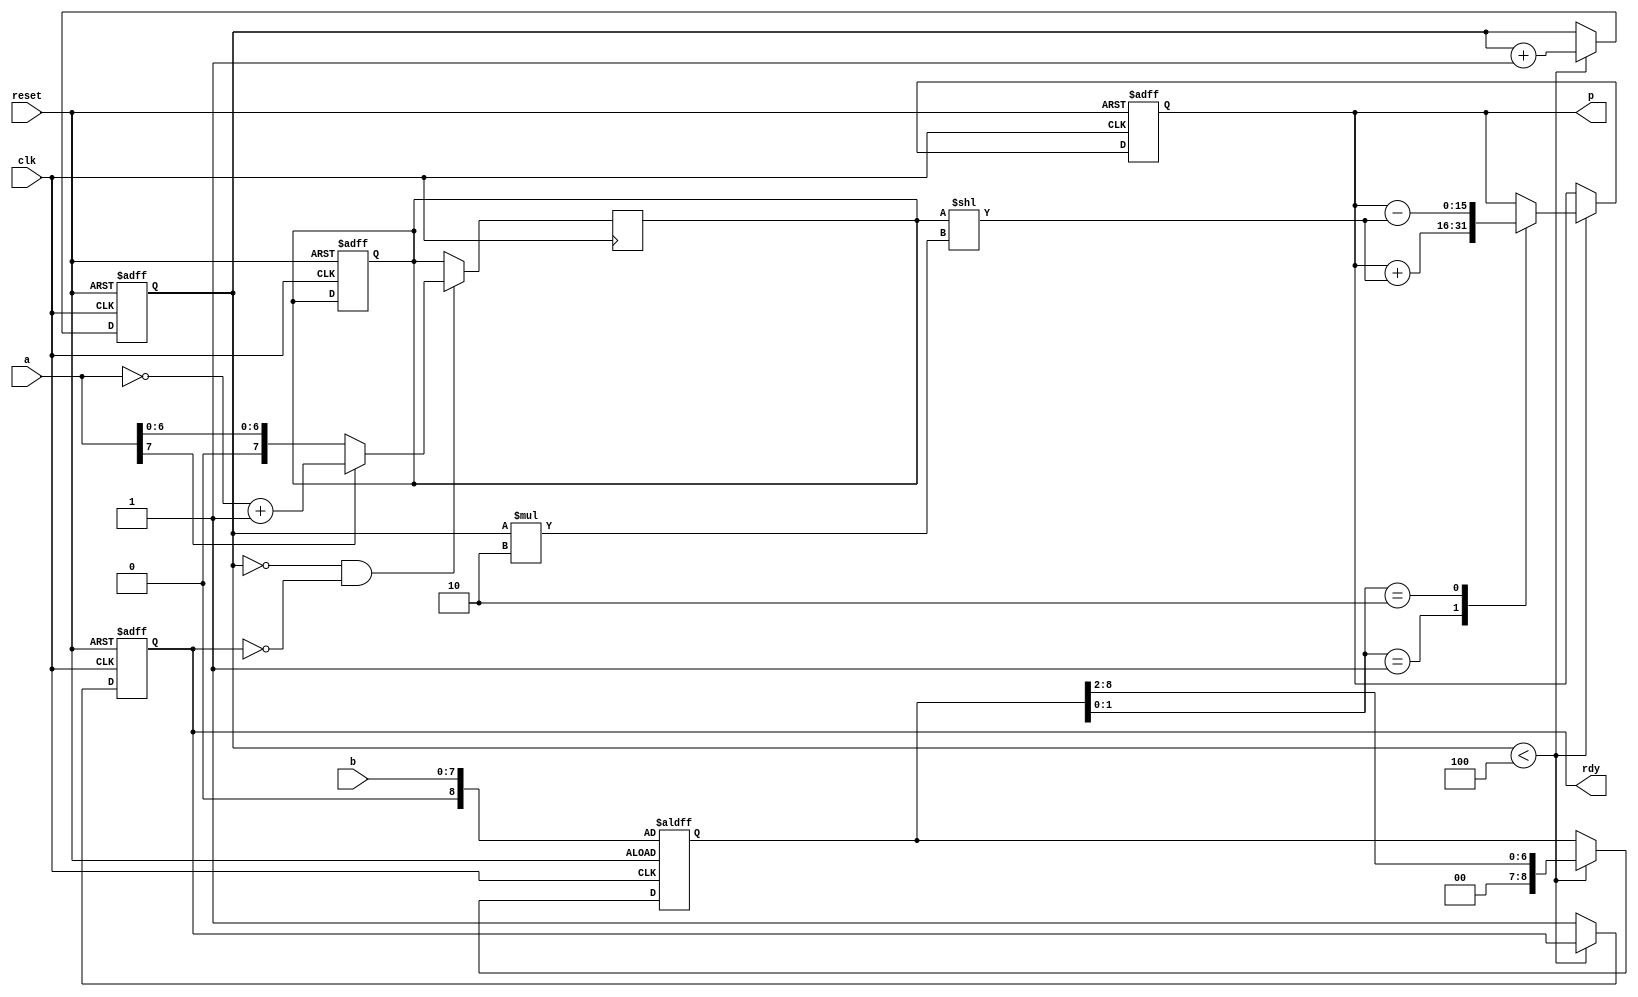
module multi_booth_8bit (
    input wire clk,
    input wire reset,
    input wire [7:0] a,
    input wire [7:0] b,
    output reg [15:0] p,
    output reg rdy
);

    // Internal registers
    reg [7:0] multiplicand;
    reg [8:0] multiplier; // Extra bit for sign extension
    reg [3:0] ctr; // 4-bit counter since we are processing 2 bits at a time

    // Initialize the registers on reset
    always @(posedge clk or posedge reset) begin
        if (reset) begin
            multiplicand <= 0;
            multiplier <= {1'b0, b}; // Sign extend the multiplier
            p <= 0;
            ctr <= 0;
            rdy <= 0;
        end else begin
            // Check if the multiplication process is complete
            if (ctr < 4) begin
                case (multiplier[1:0]) // Radix-4 Booth Encoding
                    2'b01: p <= p + (multiplicand << (ctr * 2));
                    2'b10: p <= p - (multiplicand << (ctr * 2));
                    default: p <= p; // No operation for 00 and 11
                endcase

                // Prepare for the next iteration
                multiplier <= multiplier >> 2; // Consume the next 2 bits
                ctr <= ctr + 1; // Increment the counter
            end else begin
                rdy <= 1; // Indicate that the multiplication is done
            end
        end
    end

    // Sign extension handling for negative numbers
    always @(posedge clk) begin
        if (ctr == 0 && !rdy) begin
            multiplicand <= a[7] ? (~a + 1'b1) : a; // If negative, take 2's complement
        end
    end

endmodule